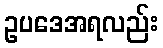
ဥပဒေအရလည်း